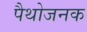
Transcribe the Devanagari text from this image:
पैथोजनक